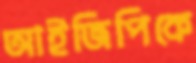
আইজিপিকে